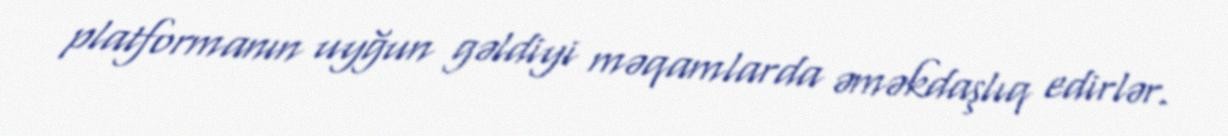
platformanın uyğun gəldiyi məqamlarda əməkdaşlıq edirlər.